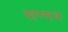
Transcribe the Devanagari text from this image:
सम्मद